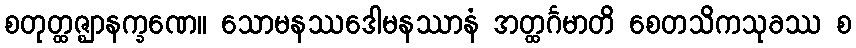
စတုတ္ထဇ္ဈာနက္ခဏေ။ သောမနဿဒေါမနဿာနံ အတ္ထင်္ဂမာတိ စေတသိကသုခဿ စ